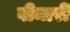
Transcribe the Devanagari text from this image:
वीमारी